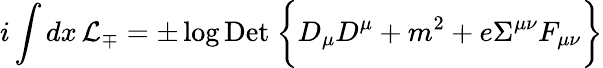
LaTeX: i\int dx\, {\cal L}_{\mp}=\pm\log\mathrm{Det\ }\biggl\{ D_{\mu}D^{\mu}+m^{2}+e\Sigma^{\mu\nu}F_{\mu\nu}\biggr\}